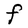
Character: F